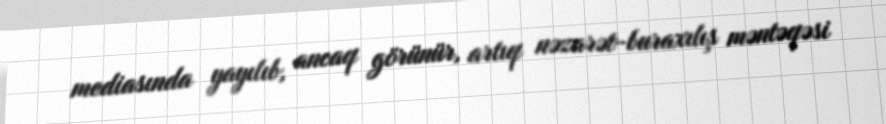
mediasında yayılıb, ancaq görünür, artıq nəzarət-buraxılış məntəqəsi